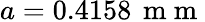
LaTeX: a=0.4158\, \mathrm{~m~m~}